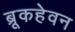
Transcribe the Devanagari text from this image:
ब्रूकहेवन